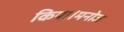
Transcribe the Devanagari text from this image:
किया।मनोज